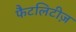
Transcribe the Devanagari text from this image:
फैटलिटीज़